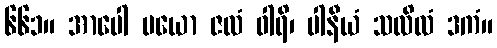
၆၆၁။ အာပေါ ပယော ဇလံ ဝါရိ၊ ပါနီယံ သလိလံ ဒကံ။